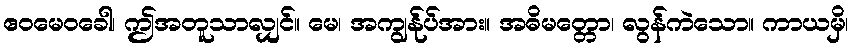
ဧဝမေဝခေါ၊ ဤအတူသာလျှင်။ မေ၊ အကျွန်ုပ်အား။ အဓိမတ္တော၊ လွန်ကဲသော။ ကာယမှိ၊